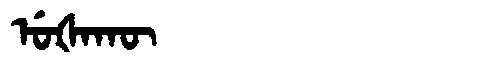
Manchu: ᡠᡧᠠᡴᡡ
Romanization: UŠAKŪ